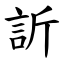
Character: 訢